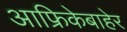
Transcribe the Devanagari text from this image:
आफ्रिकेबाहेर